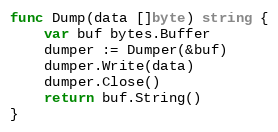
Language: Go
func Dump(data []byte) string {
	var buf bytes.Buffer
	dumper := Dumper(&buf)
	dumper.Write(data)
	dumper.Close()
	return buf.String()
}